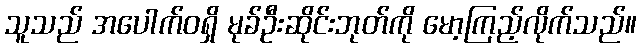
သူသည် အပေါက်ဝရှိ မုခ်ဦးဆိုင်းဘုတ်ကို မော့ကြည့်လိုက်သည်။